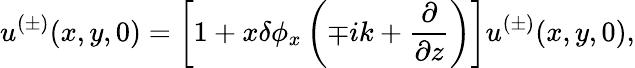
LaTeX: u^{(\pm)}(x,y,0)=\left[1+x\delta\phi_{x}\left(\mp ik+\frac{\partial}{\partial z}\right)\right]u^{(\pm)}(x,y,0),